Vaccination report Assam 1874-1896 - 1874-1896
Year: 1874
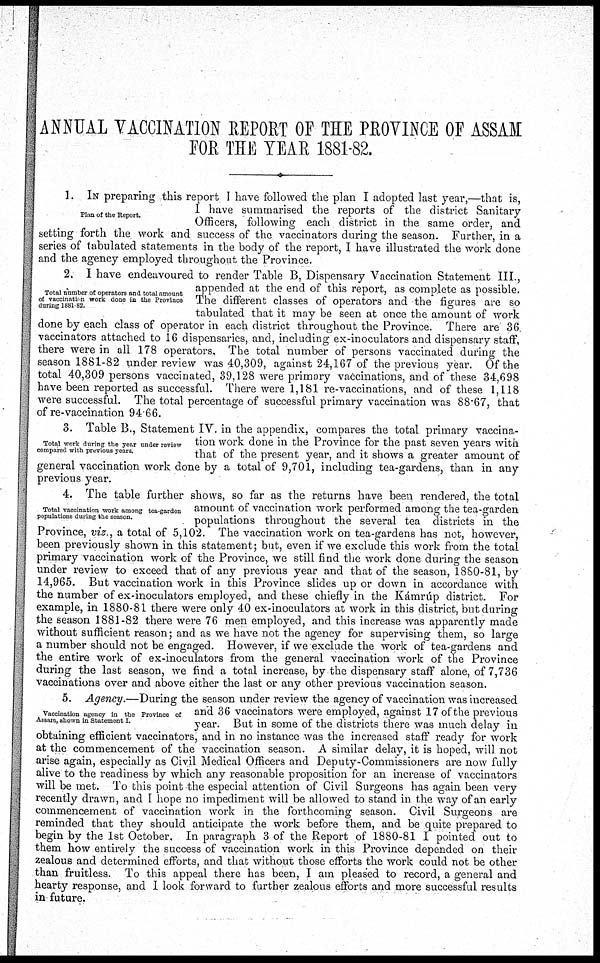
ANNUAL VACCINATION REPORT OF THE PROVINCE OF ASSAM
FOR THE YEAR 1881-82.
Plan of the Report.
1. IN preparing this report I have followed the plan I adopted last year,—that is,
I have summarised the reports of the district Sanitary
Officers, following each district in the same order, and
setting forth the work and success of the vaccinators during the season. Further, in a
series of tabulated statements in the body of the report, I have illustrated the work done
and the agency employed throughout the Province.
Total number of operators and total amount
of vaccination work done in the Province
during 1881 82.
2. I have endeavoured to render Table B, Dispensary Vaccination Statement III.,
appended at the end of this report, as complete as possible.
The different classes of operators and the figures are so
tabulated that it may be seen at once the amount of work
done by each class of operator in each district throughout the Province. There are 36
vaccinators attached to 16 dispensaries, and, including ex-inoculators and dispensary staff,
there were in all 178 operators. The total number of persons vaccinated during the
season 1881-82 under review was 40,309, against 24,167 of the previous year. Of the
total 40,309 persons vaccinated, 39,128 were primary vaccinations, and of these 34,698
have been reported as successful. There were 1,181 re-vaccinations, and of these 1,118
were successful. The total percentage of successful primary vaccination was 88.67, that
of re-vaccination 94.66.
Total work during the year under review
compared with previous years.
3. Table B., Statement IV. in the appendix, compares the total primary vaccina-
tion work done in the Province for the past seven years with
that of the present year, and it shows a greater amount of
general vaccination work done by a total of 9,701, including tea-gardens, than in any
previous year.
Total vaccination work among tea-garden
populations during the season.
4. The table further shows, so far as the returns have been rendered, the total
amount of vaccination work performed among the tea-garden
populations throughout the several tea districts in the
Province, viz., a total of 5,102. The vaccination work on tea-gardens has not, however,
been previously shown in this statement; but, even if we exclude this work from the total
primary vaccination work of the Province, we still find the work done during the season
under review to exceed that of any previous year and that of the season, 1880-81, by
14,965. But vaccination work in this Province slides up or down in accordance with
the number of ex-inoculators employed, and these chiefly in the Kámrúp district. For
example, in 1880-81 there were only 40 ex-inoculators at work in this district, but during
the season 1881-82 there were 76 men employed, and this increase was apparently made
without sufficient reason; and as we have not the agency for supervising them, so large
a number should not be engaged. However, if we exclude the work of tea-gardens and
the entire work of ex-inoculators from the general vaccination work of the Province
during the last season, we find a total increase, by the dispensary staff alone, of 7,736
vaccinations over and above either the last or any other previous vaccination season.
Vaccination agency in the Province of
Assam, shown in Statement I.
5. Agency.—During the season under review the agency of vaccination was increased
and 36 vaccinators were employed, against 17 of the previous
year. But in some of the districts there was much delay in
obtaining efficient vaccinators, and in no instance was the increased staff ready for work
at the commencement of the vaccination season. A similar delay, it is hoped, will not
arise again, especially as Civil Medical Officers and Deputy-Commissioners are now fully
alive to the readiness by which any reasonable proposition for an increase of vaccinators
will be met. To this point the especial attention of Civil Surgeons has again been very
recently drawn, and I hope no impediment will be allowed to stand in the way of an early
commencement of vaccination work in the forthcoming season. Civil Surgeons are
reminded that they should anticipate the work before them, and be quite prepared to
begin by the 1st October. In paragraph 3 of the Report of 1880-81 I pointed out to
them how entirely the success of vaccination work in this Province depended on their
zealous and determined efforts, and that without those efforts the work could not be other
than fruitless. To this appeal there has been, I am pleased to record, a general and
hearty response, and I look forward to further zealous efforts and more successful results
in future.